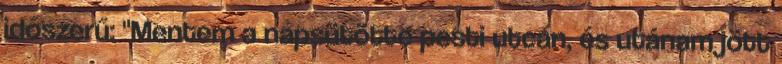
időszerű: "Mentem a napsütötte pesti utcán, és utánam jött